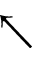
\nwarrow